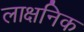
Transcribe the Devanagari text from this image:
लाक्षनिक